Rules and regulations of the Bombay Veterinary College
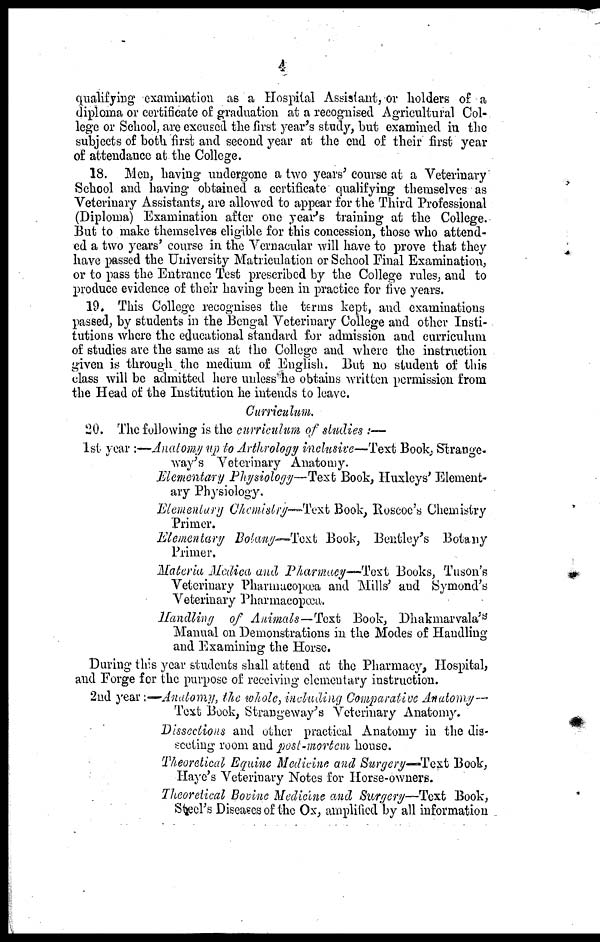
4
qualifying examination as a Hospital Assistant, or holders of a
diploma or certificate of graduation at a recognised Agricultural Col-
lege or School, are excused the first year's study, but examined in the
subjects of both first and second year at the end of their first year
of attendance at the College.
18. Men, having undergone a two years' course at a Veterinary
School and having obtained a certificate qualifying themselves as
Veterinary Assistants, are allowed to appear for the Third Professional
(Diploma) Examination after one year's training at the College.
But to make themselves eligible for this concession, those who attend-
ed a two years' course in the Vernacular will have to prove that they
have passed the University Matriculation or School Final Examination,
or to pass the Entrance Test prescribed by the College rules, and to
produce evidence of their having been in practice for five years.
19. This College recognises the terms kept, and examinations
passed, by students in the Bengal Veterinary College and other Insti-
tutions where the educational standard for admission and curriculum
of studies are the same as at the College and where the instruction
given is through the medium of English. But no student of this
class will be admitted here unless he obtains written permission from
the Head of the Institution he intends to leave.
Curriculum.
20. The following is the curriculum of studies :—
1st year :—Anatomy up to Arthrology inclusive—Text Book, Strange-
way's Veterinary Anatomy.
Elementary Physiology—Text Book, Huxleys' Element-
ary Physiology.
Elementary Chemistry—Text Book, Roscoe's Chemistry
Primer.
Elementary Botany-Text Book, Bertley's Botany
Primer.
Materia Medica and Pharmacy—Text Books, Tuson's
Veterinary Pharmacopœa and Mills' and Symond's
Veterinary Pharmacopœa.
Handling of Animals—Text Book, Dhakmarvala's
Manual on Demonstrations in the Modes of Handling
and Examining the Horse.
During this year students shall attend at the Pharmacy, Hospital,
and Forge for the purpose of receiving elementary instruction.
2nd year:—Anatomy, the whole, including Comparative Anatomy—
Text Book, Strangeway's Veterinary Anatomy.
Dissections and other practical Anatomy in the dis-
seeting room and post-mortem house.
Theoretical Equine Medicine and Surgery-Text Book,
Haye's Veterinary Notes for Horse-owners.
Theoretical Bovine Medicine and Surgery—Text Book,
Steel's Diseases of the Ox, amplified by all information